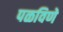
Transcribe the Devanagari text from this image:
पळविणे